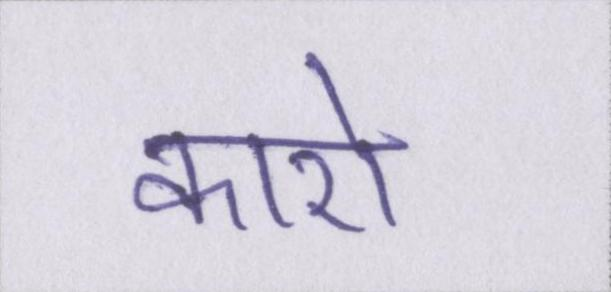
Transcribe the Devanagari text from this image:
कारो